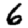
Digit: 6